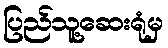
ပြည်သူ့ဆေးရုံမှ